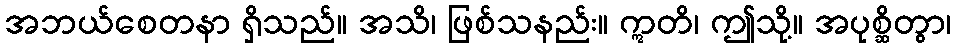
အဘယ်စေတနာ ရှိသည်။ အသိ၊ ဖြစ်သနည်း။ ဣတိ၊ ဤသို့။ အပုစ္ဆိတွာ၊